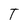
Character: T